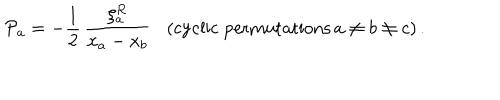
{ \cal P } _ { a } = - \frac { 1 } { 2 } \, \frac { \xi _ { a } ^ { R } } { x _ { a } - x _ { b } } \, \, \, \, \, ( \mathrm { c y c l i c ~ p e r m u t a t i o n s } \, a \not = b \not = c ) \, .